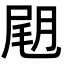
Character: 𡲊